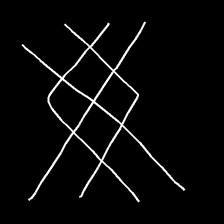
Glyph: crystal